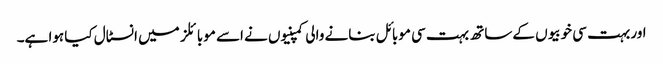
اور بہت سی خوبیوں کے ساتھ بہت سی موبائل بنانے والی کمپنیوں نے اسے موبائلز میں انسٹال کیا ہوا ہے۔